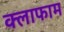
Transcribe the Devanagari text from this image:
क्लाफाम